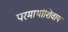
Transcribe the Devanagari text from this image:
परमार्थाशिवाय